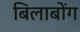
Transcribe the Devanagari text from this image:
बिलाबोंग